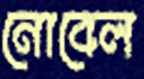
নোবেল